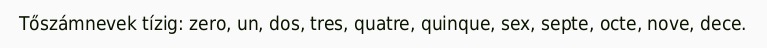
Tőszámnevek tízig: zero, un, dos, tres, quatre, quinque, sex, septe, octe, nove, dece.